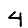
Digit: 4